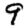
Digit: 9